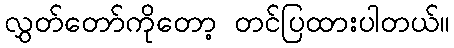
လွှတ်တော်ကိုတော့ တင်ပြထားပါတယ်။